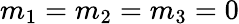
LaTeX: m_{1}=m_{2}=m_{3}=0